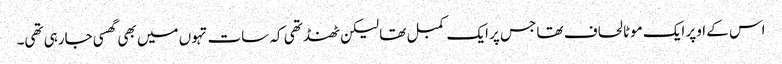
اس کے اوپر ایک موٹا لحاف تھا جس پر ایک کمبل تھا لیکن ٹھنڈ تھی کہ سات تہوں میں بھی گھسی جارہی تھی۔